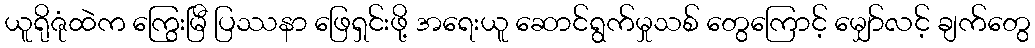
ယူရိုဇုံထဲက ကြွေးမြီ ပြဿနာ ဖြေရှင်းဖို့ အရေးယူ ဆောင်ရွက်မှုသစ် တွေကြောင့် မျှော်လင့် ချက်တွေ